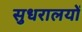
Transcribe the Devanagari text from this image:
सुधरालयों